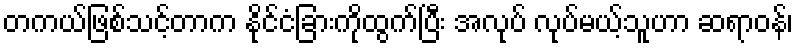
တကယ်ဖြစ်သင့်တာက နိုင်ငံခြားကိုထွက်ပြီး အလုပ် လုပ်မယ့်သူဟာ ဆရာဝန်၊